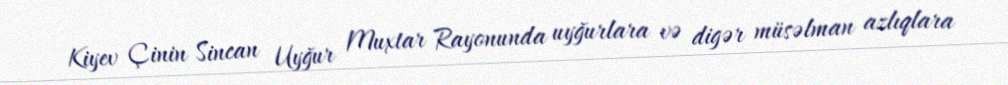
Kiyev Çinin Sincan Uyğur Muxtar Rayonunda uyğurlara və digər müsəlman azlıqlara